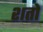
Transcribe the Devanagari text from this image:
शतो